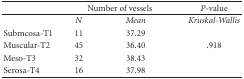
|  | <COLSPAN=2> Number of vessels | P-value |
 | --- | --- | --- | --- |
 |  | N | Mean | Kruskal-Wallis |
 | Submcosa-T1 | 11 | 37.29 |  |
 | Muscular-T2 | 45 | 36.40 | .918 |
 | Meso-T3 | 32 | 38.43 |  |
 | Serosa-T4 | 16 | 37.98 |  |